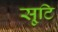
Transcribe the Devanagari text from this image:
सृ्टि